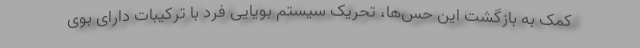
کمک به بازگشت این حس‌ها، تحریک سیستم بویایی فرد با ترکیبات دارای بوی